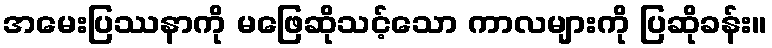
အမေးပြဿနာကို မဖြေဆိုသင့်သော ကာလများကို ပြဆိုခန်း။